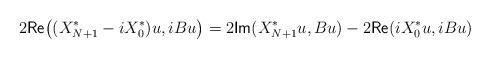
LaTeX: \begin{align*}2\mathsf{Re}\big((X^*_{N+1}-i X^*_0)u,iB u\big)=2\mathsf{Im}(X^*_{N+1}u,Bu)-2\mathsf{Re}(iX^*_0u,iBu)\end{align*}